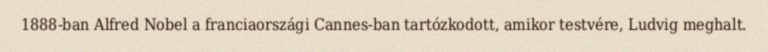
1888-ban Alfred Nobel a franciaországi Cannes-ban tartózkodott, amikor testvére, Ludvig meghalt.